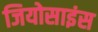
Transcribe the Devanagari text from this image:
जियोसाइंस